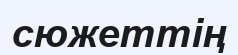
сюжеттің